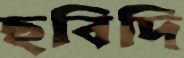
ছবিদি